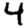
Digit: 4